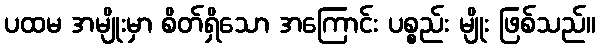
ပထမ အမျိုးမှာ စိတ်ရှိသော အကြောင်း ပစ္စည်း မျိုး ဖြစ်သည်။